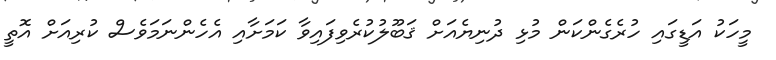
މީހަކު އަޑީގައި ހުރެގެންކަން މުޅި ދުނިޔެއަށް ޤަބޫލުކުރެވިފައިވާ ކަމަށާއި އެހެންނަމަވެސް ކުރިއަށް އޮތީ